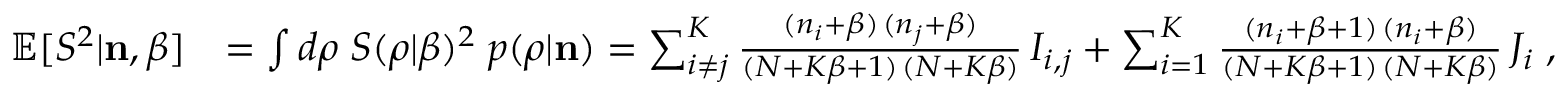
\begin{array} { r l } { \mathbb { E } [ S ^ { 2 } | { \bf n } , \beta ] } & { = \int d \boldsymbol { \rho } \; S ( \boldsymbol { \rho } | \beta ) ^ { 2 } \; p ( \boldsymbol { \rho } | { \bf n } ) = \sum _ { i \neq j } ^ { K } \frac { ( n _ { i } + \beta ) \, ( n _ { j } + \beta ) } { ( N + K \beta + 1 ) \, ( N + K \beta ) } \, I _ { i , j } + \sum _ { i = 1 } ^ { K } \frac { ( n _ { i } + \beta + 1 ) \, ( n _ { i } + \beta ) } { ( N + K \beta + 1 ) \, ( N + K \beta ) } \, J _ { i } \; , } \end{array}